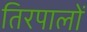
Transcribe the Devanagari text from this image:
तिरपालों